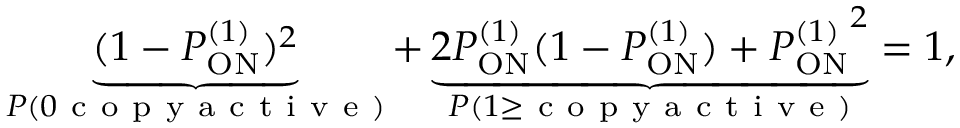
\underbrace { ( 1 - P _ { \mathrm { O N } } ^ { ( 1 ) } ) ^ { 2 } } _ { P ( 0 \mathrm { ~ c ~ o ~ p ~ y ~ a ~ c ~ t ~ i ~ v ~ e ~ } ) } + \underbrace { 2 P _ { \mathrm { O N } } ^ { ( 1 ) } ( 1 - P _ { \mathrm { O N } } ^ { ( 1 ) } ) + { P _ { \mathrm { O N } } ^ { ( 1 ) } } ^ { 2 } } _ { P ( 1 \geq \mathrm { ~ c ~ o ~ p ~ y ~ a ~ c ~ t ~ i ~ v ~ e ~ } ) } = 1 ,